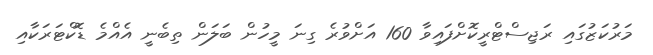
މަރުކަޒުގައި ރަޖިސްޓްރީކޮށްފައިވާ 160 އަށްވުރެ ގިނަ މީހުން ބަލަން ތިބެނީ އެއްމެ ޑޮކްޓަރަކާއި